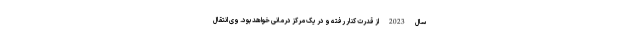
سال 2023 از قدرت کنار رفته و در یک مرکز درمانی خواهد بود. وی انتقال